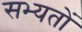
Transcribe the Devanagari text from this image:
सभ्यतों